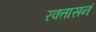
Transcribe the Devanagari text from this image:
रक्तासनं